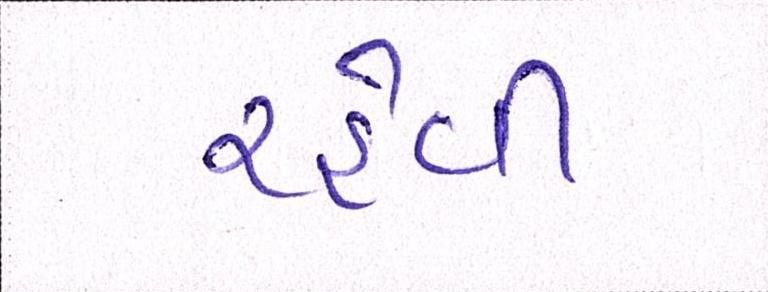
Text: રહેવી